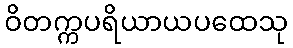
ဝိတက္ကပရိယာယပထေသု